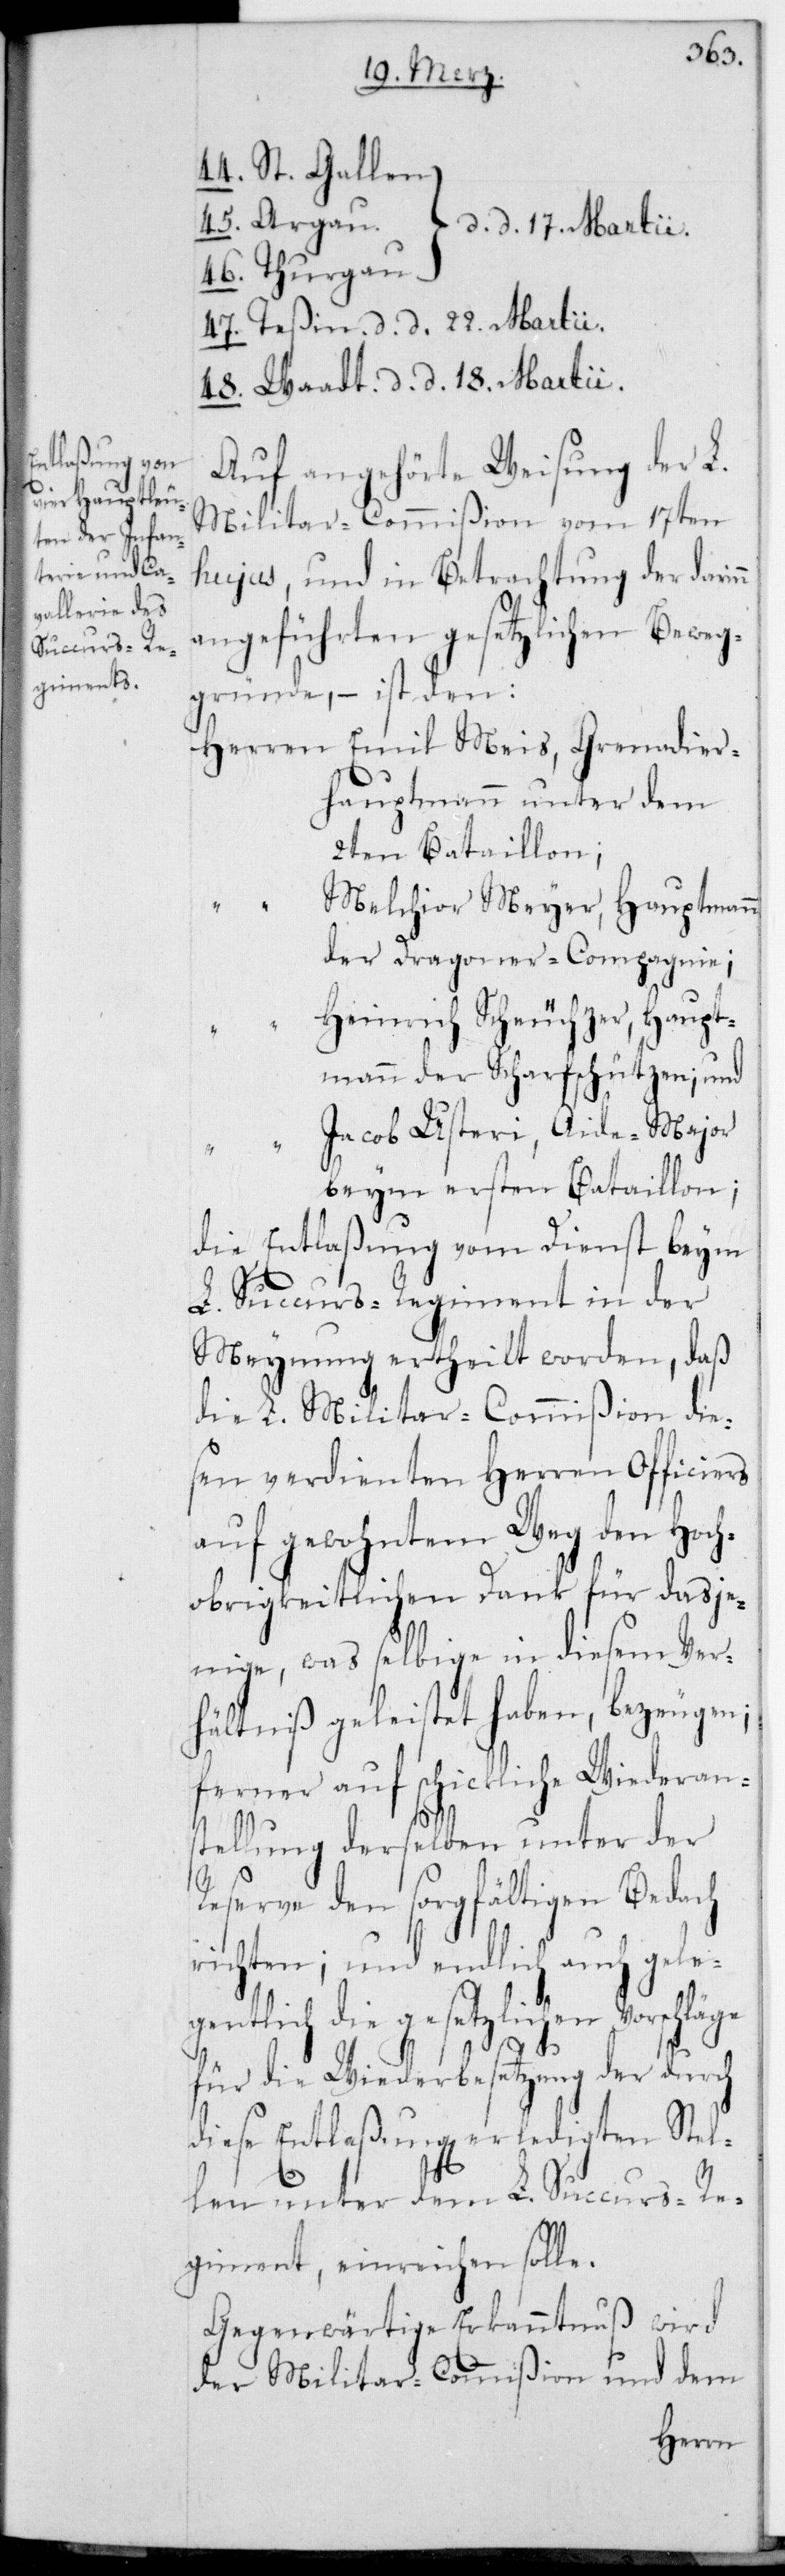
44. St. Gallen,
45. Argau, d. d. 17. Martii.
46. Thurgau, d.
47. Teßin, d. d. 22. Martii.
48. Waadt, d. d. 18. Martii.
Auf angehörte Weisung der L¬
Militar-Commißion vom 17ten
hujus, und in Betrachtung der darin
angeführten gesetzlichen Beweg¬
gründe, – ist den:
Herren Emil Meis, Grenadier¬
hauptmann unter dem
2ten Bataillon;
Melchior Meyer, Hauptmann
der Dragoner-Compagnie;
Heinrich Scheuchzer, Haupt¬
mann der Scharfschützen; und
Jacob Usteri, Aide-Major
beym ersten Bataillon;
die Entlaßung vom Dienst beym
L. Succurs-Regiment in der
Meynung ertheilt worden, daß
die L. Militar-Commißion die¬
sen verdienten Herren Officiers
auf gewohntem Weg den Hoch¬
obrigkeitlichen Dank für dasje¬
nige, was selbige in diesem Ver¬
hältniß geleistet haben, bezeugen;
ferner auf schickliche Wiederans¬
tellung derselben unter der
Reserve den sorgfältigen Bedach
richten; und endlich auch gele¬
gentlich die gesetzlichen Vorschläge
obl.
für die Wiederbesetzung der durch
diese Entlaßungen erledigten Stel¬
len unter dem L. Succurs-Re¬
giment einreichen solle.
Gegenwärtige Erkanntnuß wird
der Militar-Commißion und dem